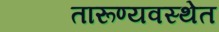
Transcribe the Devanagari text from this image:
तारूण्यवस्थेत